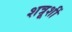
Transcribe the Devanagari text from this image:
शत्रूशीं